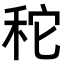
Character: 𥞒